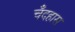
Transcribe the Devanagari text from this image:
चँदहास